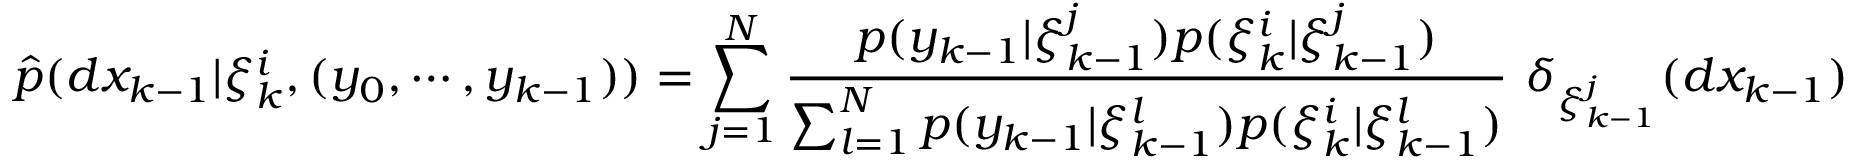
{ \widehat { p } } ( d x _ { k - 1 } | \xi _ { k } ^ { i } , ( y _ { 0 } , \cdots , y _ { k - 1 } ) ) = \sum _ { j = 1 } ^ { N } { \frac { p ( y _ { k - 1 } | \xi _ { k - 1 } ^ { j } ) p ( \xi _ { k } ^ { i } | \xi _ { k - 1 } ^ { j } ) } { \sum _ { l = 1 } ^ { N } p ( y _ { k - 1 } | \xi _ { k - 1 } ^ { l } ) p ( \xi _ { k } ^ { i } | \xi _ { k - 1 } ^ { l } ) } } ~ \delta _ { \xi _ { k - 1 } ^ { j } } ( d x _ { k - 1 } )